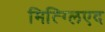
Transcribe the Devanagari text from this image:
मित्ग्लिएद